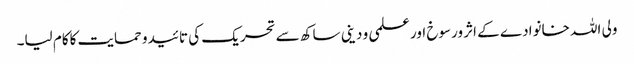
ولی اللہ خانوادے کے اثر ورسوخ اور علمی و دینی ساکھ سے تحریک کی تائیدو حمایت کاکام لیا۔